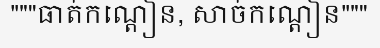
"""ធាត់កណ្តៀន, សាច់កណ្តៀន"""